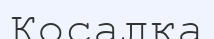
Косалқа